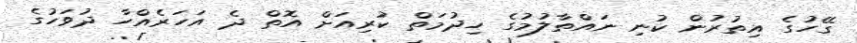
ގޭހުގެ އިތުރުން ކުނި ނައްތާލުމުގެ ހިދުމަތް ކުރިއަށް އޮތް ދެ އަހަރެއްހާ ދުވަހުގެ